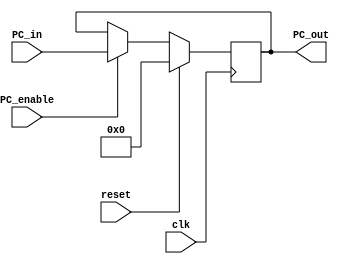
`timescale 1ns / 1ps
//////////////////////////////////////////////////////////////////////////////////
// Company: 
// Engineer: 
// 
// Design Name: 
// Module Name:    PC_reg 
// Project Name: 
// Target Devices: 
// Tool versions: 
// Description: 
//
// Dependencies: 
//
// Revision: 
// Revision 0.01 - File Created
// Additional Comments: 
//
//////////////////////////////////////////////////////////////////////////////////
module PC_reg( PC_in, PC_out, PC_enable, reset, clk
    );

	 input [31:0] PC_in;
	 input reset, clk, PC_enable;
	 output reg [31:0] PC_out;

	always@(posedge clk)
		begin
			if(reset)
			begin
			PC_out <= 32'd0;
			end
			
			else
			if(PC_enable)
			begin
			PC_out <= PC_in;
			end
		end

endmodule